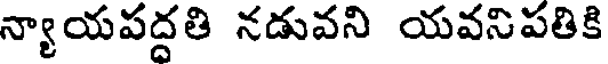
న్యాయపద్దతి నడువని యవనిపతికి